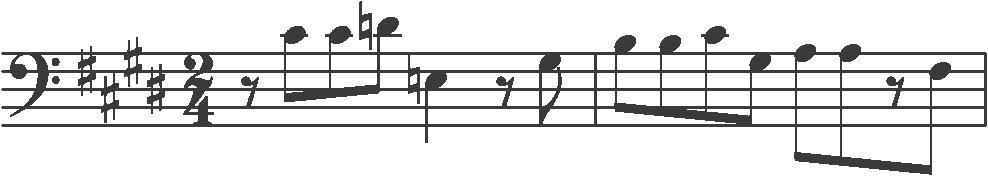
Transcription: clef-F4 keySignature-EM timeSignature-2/4 rest-eighth note-C#4_eighth note-C#4_eighth note-D4_eighth note-E3_quarter rest-eighth note-G#3_eighth barline note-B3_eighth note-B3_eighth note-C#4_eighth note-G#3_eighth note-A3_eighth note-A3_eighth rest-eighth note-F#3_eighth